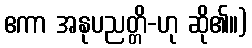
ဧကာ အနုပညတ္တိ-ဟု ဆို၏။)